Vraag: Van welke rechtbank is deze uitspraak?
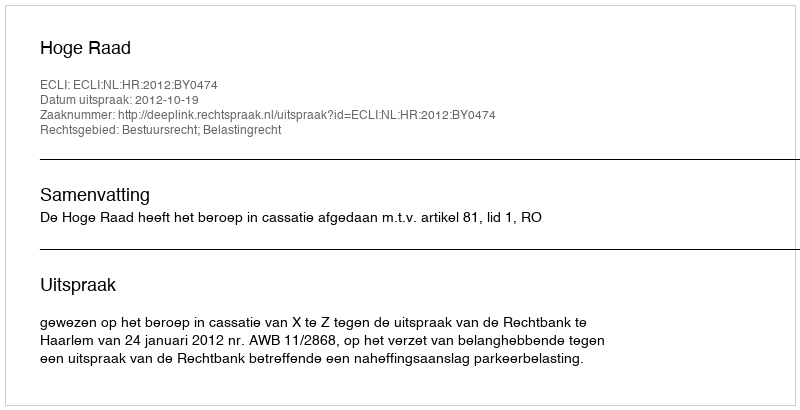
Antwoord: Hoge Raad